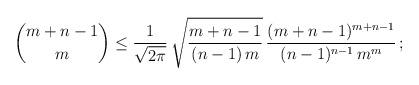
LaTeX: \begin{align*}\binom{m+n-1}{m} \leq \frac{1}{\sqrt{2\pi}} \, \sqrt{\frac{m +n-1}{(n-1) \, m}} \, \frac{( m+n-1)^{m+n-1}}{(n-1)^{n-1} \, m^m}\,;\end{align*}